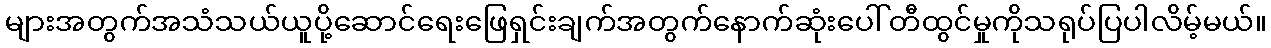
များအတွက်အသံသယ်ယူပို့ဆောင်ရေးဖြေရှင်းချက်အတွက်နောက်ဆုံးပေါ်တီထွင်မှုကိုသရုပ်ပြပါလိမ့်မယ်။